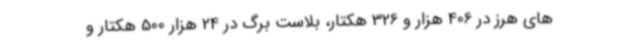
های هرز در 406 هزار و 326 هکتار، بلاست برگ در 24 هزار 500 هکتار و